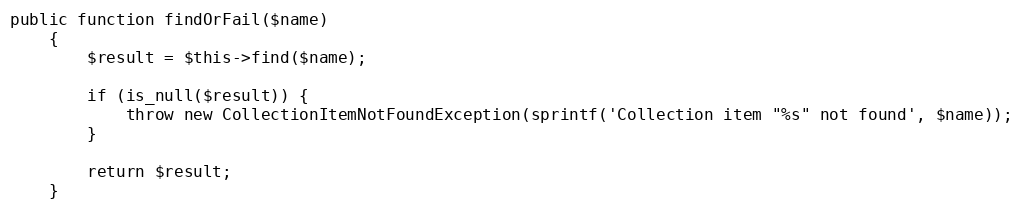
Language: PHP
public function findOrFail($name)
    {
        $result = $this->find($name);

        if (is_null($result)) {
            throw new CollectionItemNotFoundException(sprintf('Collection item "%s" not found', $name));
        }

        return $result;
    }